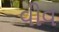
વીવ